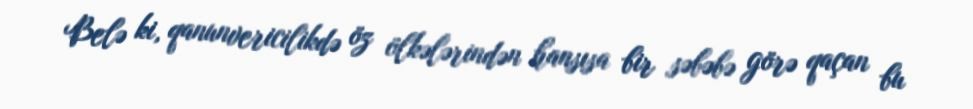
Belə ki, qanunvericilikdə öz ölkələrindən hansısa bir səbəbə görə qaçan bu